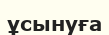
ұсынуға